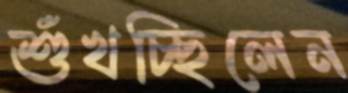
শুঁখচ্ছিলেন